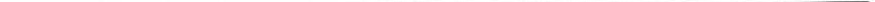
___